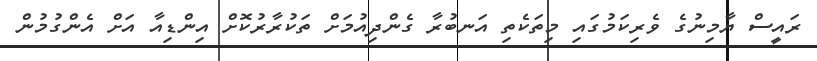
ރައީސް ޔާމިނުގެ ވެރިކަމުގައި މިތަކެތި އަނބުރާ ގެންދިއުމަށް ތަކުރާރުކޮށް އިންޑިއާ އަށް އެންގުމުން